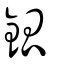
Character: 鈲